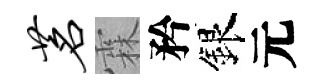
茗霖矜銀元